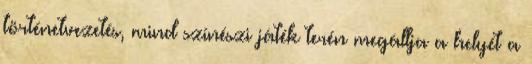
történetvezetés, mind színészi játék terén megállja a helyét a